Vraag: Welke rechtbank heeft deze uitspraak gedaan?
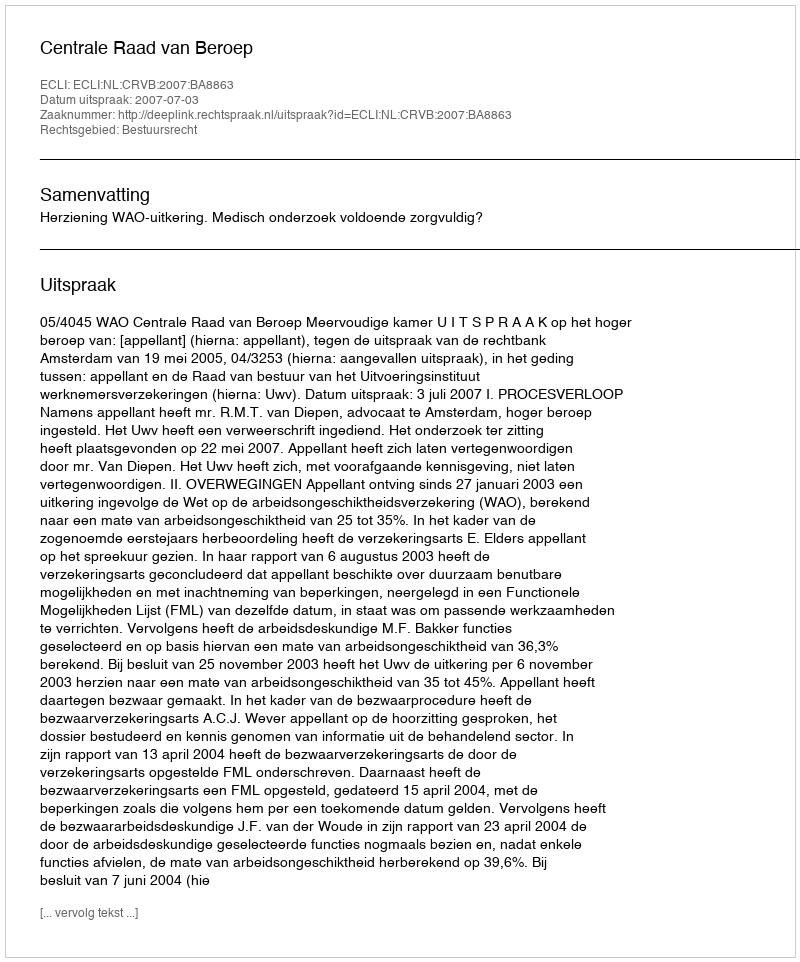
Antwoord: Centrale Raad van Beroep